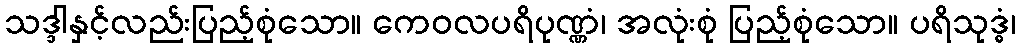
သဒ္ဒါနှင့်လည်းပြည့်စုံသော။ ကေဝလပရိပုဏ္ဏံ၊ အလုံးစုံ ပြည့်စုံသော။ ပရိသုဒ္ဓံ၊